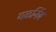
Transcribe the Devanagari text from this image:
गळनिंब